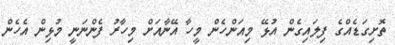
ތޮށިގަޑެއްގެ ފިލައިގެން އުޅޭ މިއަންހެން މީހާ އޭނާއަށް މިހާރު ފެންނަނީ މުޅިން އެހެން